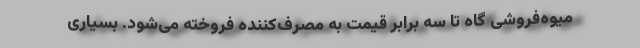
میوه‌فروشی گاه تا سه برابر قیمت به مصرف‌کننده فروخته می‌شود. بسیاری